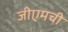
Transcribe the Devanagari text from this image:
जीएमची